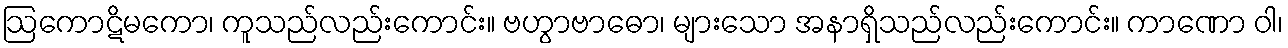
ဩကောဋိမကော၊ ကူသည်လည်းကောင်း။ ဗဟွာဗာဓော၊ များသော အနာရှိသည်လည်းကောင်း။ ကာဏော ဝါ၊